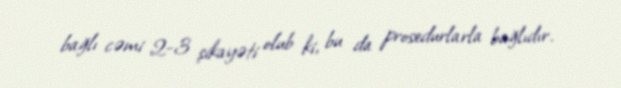
bağlı cəmi 2-3 şikayəti olub ki, bu da prosedurlarla bağlıdır.